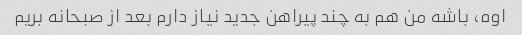
اوه، باشه من هم به چند پیراهن جدید نیاز دارم بعد از صبحانه بریم